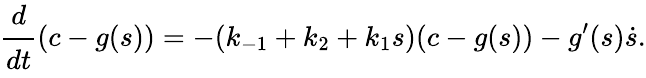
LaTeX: \cfrac{d}{dt}(c-g(s))=-(k_{-1}+k_{2}+k_{1}s)(c-g(s))-g^{\prime}(s)\dot{s}.